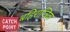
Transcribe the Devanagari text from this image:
बहिरान्त्रिक